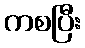
ကစပြီး